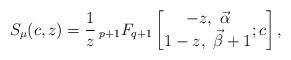
LaTeX: \begin{align*}S_{\mu}(c,z)=\frac{1}{z}\,{}_{p+1}F_{q+1}\left[\begin{matrix}-z,\ \vec{\alpha}\\1-z,\ \vec{\beta}+1\end{matrix};c\right] ,\end{align*}